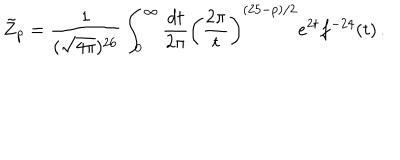
\tilde { Z } _ { p } = \frac { 1 } { ( \sqrt { 4 \pi } ) ^ { 2 6 } } \int _ { 0 } ^ { \infty } \frac { d t } { 2 \pi } \left( \frac { 2 \pi } { t } \right) ^ { ( 2 5 - p ) / 2 } e ^ { 2 t } f ^ { - 2 4 } ( t ) \, .